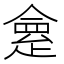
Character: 𠍺